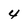
Character: 4